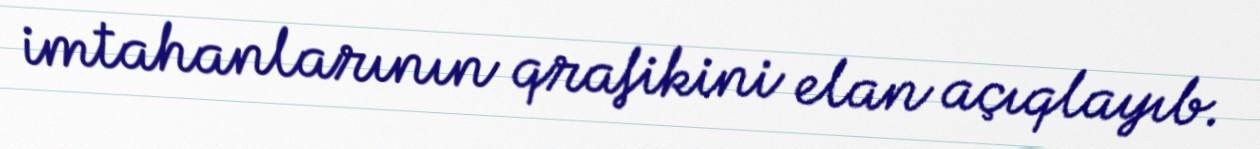
imtahanlarının qrafikini elan açıqlayıb.